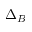
\Delta _ { B }